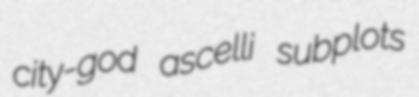
city-god ascelli subplots